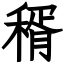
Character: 稰